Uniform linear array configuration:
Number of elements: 8
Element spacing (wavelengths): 0.25
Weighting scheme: blackman
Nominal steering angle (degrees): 30
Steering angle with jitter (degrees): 31.278
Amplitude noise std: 0.05
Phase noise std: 0.05

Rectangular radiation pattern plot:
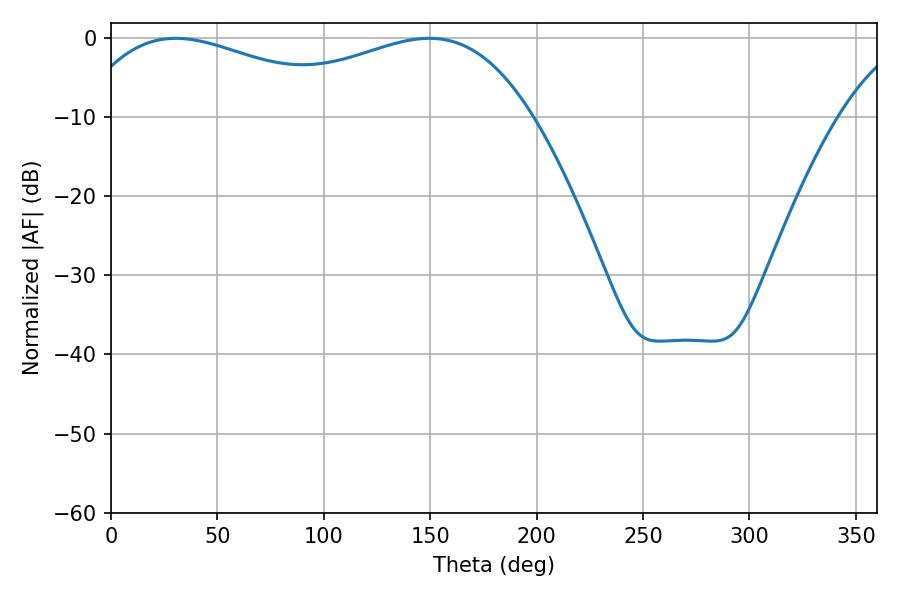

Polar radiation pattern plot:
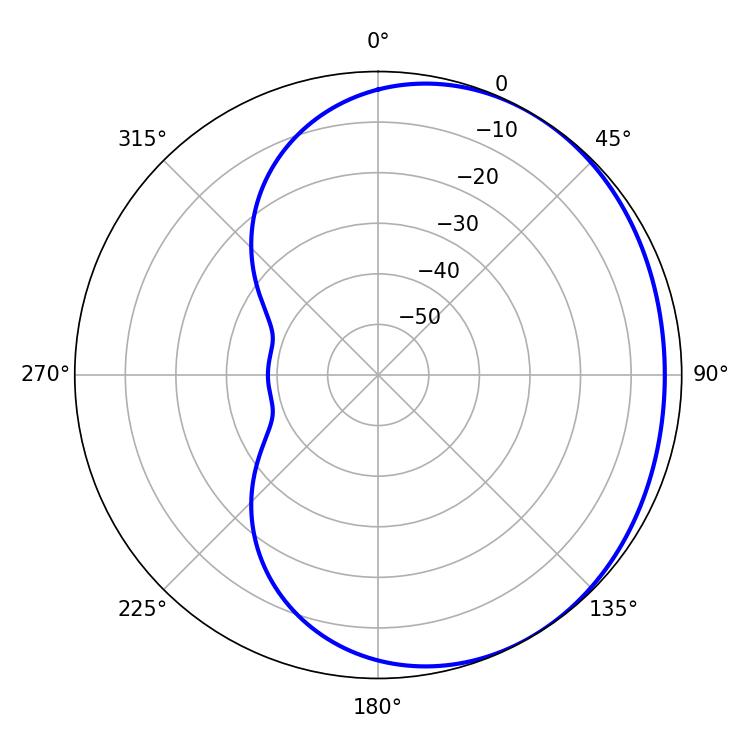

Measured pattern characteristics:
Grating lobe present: FALSE
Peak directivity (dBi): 1.688
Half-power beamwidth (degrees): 74.88
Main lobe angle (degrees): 30.42